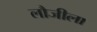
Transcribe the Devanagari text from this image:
लौजीला